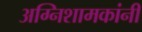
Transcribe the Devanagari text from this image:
अग्निशामकांनी